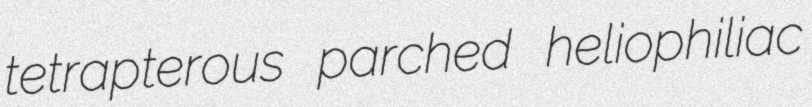
tetrapterous parched heliophiliac